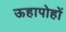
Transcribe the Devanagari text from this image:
ऊहापोहों